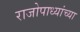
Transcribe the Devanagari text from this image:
राजोपाध्यांच्या